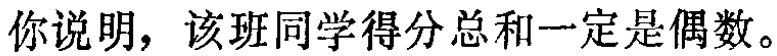
你说明，该班同学得分总和一定是偶数。